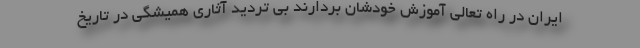
ایران در راه تعالی آموزش خودشان بردارند بی تردید آثاری همیشگی در تاریخ